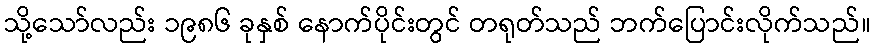
သို့သော်လည်း ၁၉၈၆ ခုနှစ် နောက်ပိုင်းတွင် တရုတ်သည် ဘက်ပြောင်းလိုက်သည်။